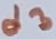
Text: d3